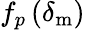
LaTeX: f_{p}\left(\delta_{\mathrm{m}}\right)